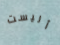
أليست